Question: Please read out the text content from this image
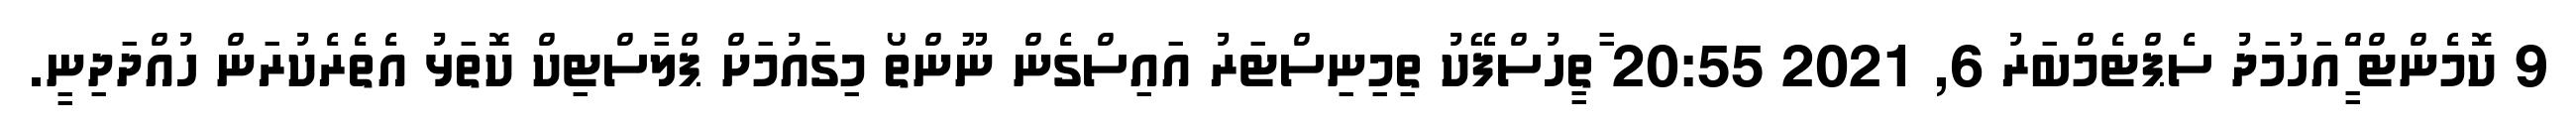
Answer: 9 ކޮމެންޓް ީަަްއަހުމަދު ސެޕްޓެމްބަރު 6, 2021 20:55 ާތީހުސްފޭކު ތިމިނިސްޓަރު އައިސްގެން ނޫންތޯ މިގައުމަށް ޕްލާސްޓިކް ކޮތަޅު އެތެރެކުރަން ހުއްދަދިނީ.